system: You are a helpful assistant.
user:
Analyze the provided spectrum to determine if it is a **Carbon Star (C-type)**.

- **Key Visual Indicators of Carbon Star:**
    - **(Primary):** Strong molecular absorption from **C₂ (diatomic carbon) "Swan Bands."** This is the **defining feature** of a carbon star.
        - **(Key Bandheads):** Sharp absorption edges are visible at approximately $5635$ Å, $5165$ Å (the strongest band), and $4737$ Å.
        - **(Line Profile):** Creates a distinct **"saw-tooth"** pattern. The key morphology is a sharp, steep bandhead on the **red (long-wavelength) side**, which then gradually tapers off (i.e., flux recovers) towards the **blue (short-wavelength) side**. *(This is the direct opposite of the TiO bands seen in M-type stars)*.

    - **(Secondary):** Intense **CN (cyanogen)** molecular absorption bands.
        - **(Key Bandheads):** Located in the blue and violet regions of the spectrum (e.g., near $4215$ Å and $3883$ Å).
        - **(Morphology):** These bands are extremely broad and act as a "blanket," absorbing the vast majority of blue and violet light. This creates a characteristic **"cliff"** or **"steep drop-off"** in the spectrum's flux at short wavelengths.

    - **(Key Confirmation):** Strong **CH absorption band (G-band)**.
        - **(Key Bandhead):** Located around $4300$ Å. The contribution from CH molecules to this band is exceptionally strong.

    - **(Overall Spectrum):**
        - The continuum is severely "chopped up" by these deep molecular bands, especially C₂, rather than appearing as a smooth curve.
        - Due to the heavy CN and C₂ absorption in the blue-green, the vast majority of the star's flux is concentrated in the red part of the spectrum, giving the star its characteristic deep red color.

Think first, call **spectral_visualization_tool** if needed to examine features in detail, then provide your final answer. Your response must adhere to the following strict rules:
1.  **Overall Structure:** Your response must follow the format `<think>...</think> <tool_call>...</tool_call> (if a tool is used) <answer>...</answer>`.
2.  **Tool Usage Constraint:** You may only make **one** tool call per turn.
3.  **Final Answer Format:** In the `<answer>` tag, your conclusion must be inside a `\boxed{}` command (e.g., `\boxed{YES}`), followed by your justification.

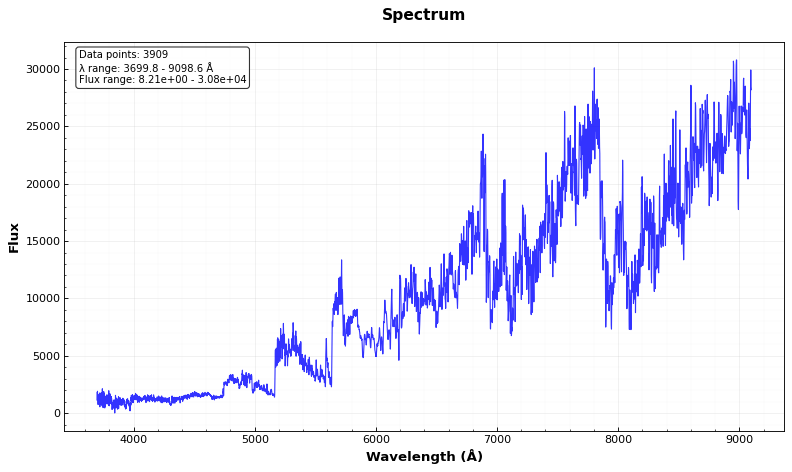
Answer: YES